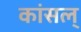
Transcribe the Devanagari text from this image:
कांसल्